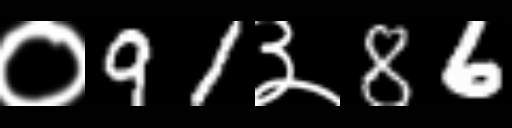
Text: ०91३86